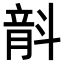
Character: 𣂅